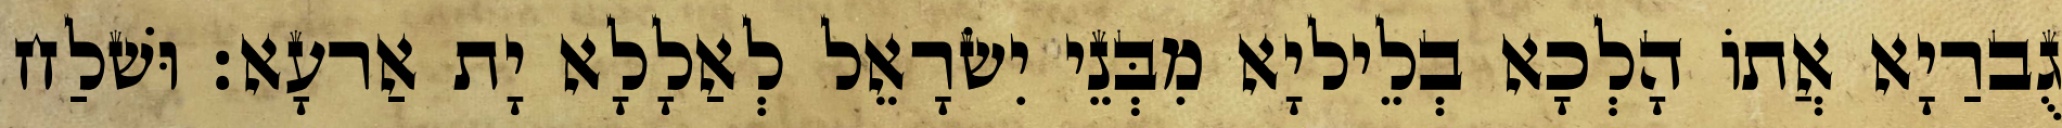
גֻברַיָא אֲתוֹ הָלְכָא בְלֵיליָא מִבְּנֵי יִשׂרָאֵל לְאַלָלָא יָת אַרעָא׃ וּשׁלַח